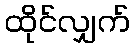
ထိုင်လျှက်